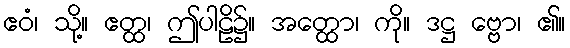
ဧဝံ၊ သို့။ ဧတ္ထ၊ ဤပါဠိ၌။ အတ္ထော၊ ကို။ ဒဋ္ဌ ဗ္ဗော၊ ၏။